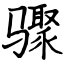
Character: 骤